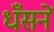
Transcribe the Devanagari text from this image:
धँसनें